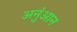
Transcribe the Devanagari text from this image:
अनुंआन